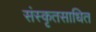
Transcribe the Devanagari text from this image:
संस्कृतसाधित